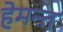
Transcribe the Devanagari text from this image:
हेमन्‍त